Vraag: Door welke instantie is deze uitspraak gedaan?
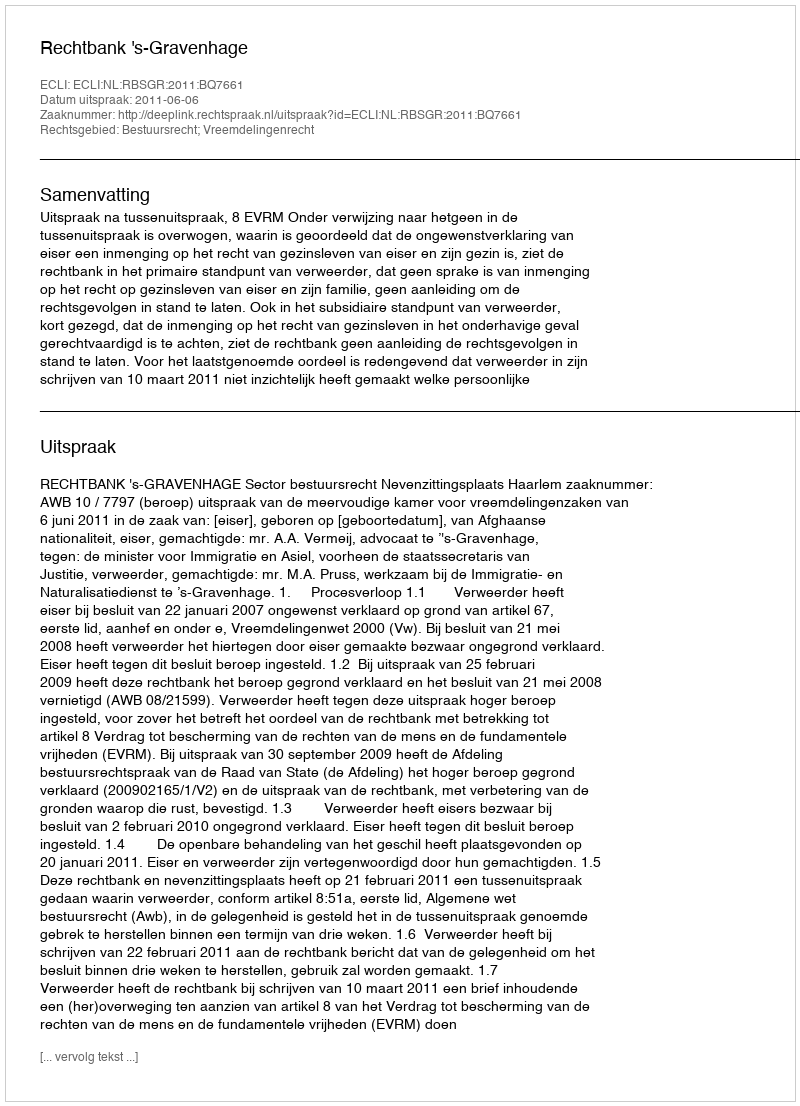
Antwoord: Rechtbank 's-Gravenhage